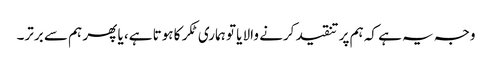
وجہ یہ ہے کہ ہم پر تنقید کرنے والا یا تو ہماری ٹکر کا ہوتا ہے، یا پھر ہم سے برتر۔